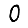
Digit: 0